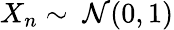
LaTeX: X_{n}\sim\ {\mathcal{N}}(0,1)